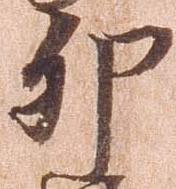
卯